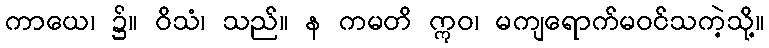
ကာယေ၊ ၌။ ဝိသံ၊ သည်။ န ကမတိ ဣဝ၊ မကျရောက်မဝင်သကဲ့သို့။